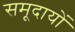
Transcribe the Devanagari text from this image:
समूदायों